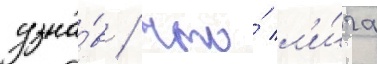
узна́в / что́ л'и́га